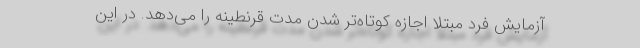
آزمایش فرد مبتلا اجازه کوتاه‌تر شدن مدت قرنطینه را می‌دهد. در این